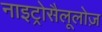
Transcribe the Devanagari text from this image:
नाइट्रोसैलूलोज़